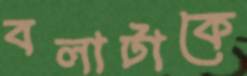
বলাটাকে